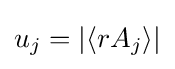
u_{j}=|\langle rA_{j}\rangle |